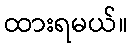
ထားရမယ်။